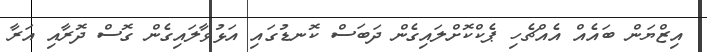
އިޒްޔަން ބައެއް އެއްޗެހި ޕެކްކޮށްލައިގެން ދަބަސް ކޮނޑުގައި އަޅުވާލައިގެން ގޮސް ދޮރާއި އަރާ